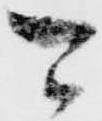
可